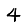
Digit: 4